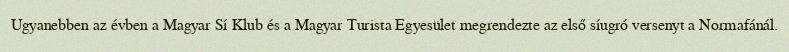
Ugyanebben az évben a Magyar Sí Klub és a Magyar Turista Egyesület megrendezte az első síugró versenyt a Normafánál.